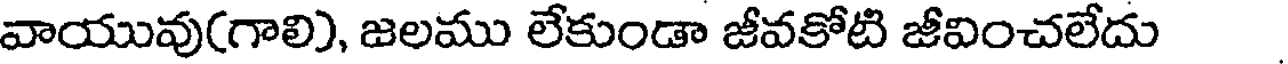
వాయువు(గాలి), జలము లేకుండా జీవకోటి జీవించలేదు